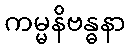
ကမ္မနိဗန္ဓနာ